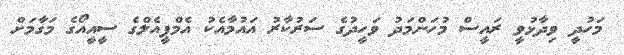
މަހުދީ ވިދާޅުވީ ރައީސް މުހަންމަދު ވަހީދުގެ ސަރުކާރު އައުމާއެކު އެމްޕީއެލްގެ ސީއީއޯގެ މަގާމަށް